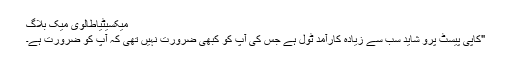
میکسیٹیاطالوی میک بلاگ
"کاپی پیسٹ پرو شاید سب سے زیادہ کارآمد ٹول ہے جس کی آپ کو کبھی ضرورت نہیں تھی کہ آپ کو ضرورت ہے۔